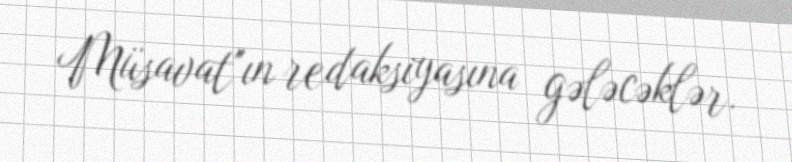
Müsavat''ın redaksiyasına gələcəklər.